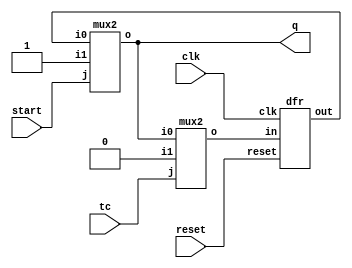
module pg(input wire clk, reset, start, tc, output wire q);
  wire t1,t2;
  parameter vdd=1'b1;
  parameter gnd=1'b0;

  mux2 M1(t2, vdd, start, q);
  mux2 M2(q, gnd, tc, t1);
  dfr d2(clk, reset, t1, t2);
endmodule

module reg4(input wire clk, en, input wire [7:0] a, output wire [7:0] y);
  dfl dfl_1(clk, en, a[0], y[0]);
  dfl dfl_2(clk, en, a[1], y[1]);
  dfl dfl_3(clk, en, a[2], y[2]);
  dfl dfl_4(clk, en, a[3], y[3]);
  dfl dfl_5(clk, en, a[4], y[4]);
  dfl dfl_6(clk, en, a[5], y[5]);
  dfl dfl_7(clk, en, a[6], y[6]);
  dfl dfl_8(clk, en, a[7], y[7]);
endmodule

module reg8(input wire clk,start,ld,cy,input wire [7:0] c, b, output wire [16:0] p);
  wire en2;
  dfl dfl_0(clk, ld, cy, p[16]);

  dfl dfl_1(clk, ld, c[7], p[15]);
  dfl dfl_2(clk, ld, c[6], p[14]);
  dfl dfl_3(clk, ld, c[5], p[13]);
  dfl dfl_4(clk, ld, c[4], p[12]);
  dfl dfl_5(clk, ld, c[3], p[11]);
  dfl dfl_6(clk, ld, c[2], p[10]);
  dfl dfl_7(clk, ld, c[1], p[9]);
  dfl dfl_8(clk, ld, c[0], p[8]);

  // module mux_df(input wire clk, i0, i1, s, load, output wire z_);
  mux_df muxdf_0(clk, p[8], b[7], start, en2, p[7]);
  mux_df muxdf_1(clk, p[7], b[6], start, en2, p[6]);
  mux_df muxdf_2(clk, p[6], b[5], start, en2, p[5]);
  mux_df muxdf_3(clk, p[5], b[4], start, en2, p[4]);
  mux_df muxdf_4(clk, p[4], b[3], start, en2, p[3]);
  mux_df muxdf_5(clk, p[3], b[2], start, en2, p[2]);
  mux_df muxdf_6(clk, p[2], b[1], start, en2, p[1]);
  mux_df muxdf_7(clk, p[1], b[0], start, en2, p[0]);
  

assign en2 = start | ld;
endmodule

module cnt4(input wire clk, load, en, input wire [2:0] data, lmt, output reg tc, output reg [1:0] out);
  parameter reset=0;
  initial begin out=3'b000; tc=0; end
  always @(posedge clk)
  if (reset) begin out <= 3'b000 ; end 
  else if (load) begin out <= data; end 
  else if (en) out <= out + 3'b001;
  else out <= out;
  always @(posedge clk)
  if (out == lmt) tc <= 1;
  else tc<=0;
endmodule

// test modules for matching ddco lab
module mux2 (input wire i0, i1, j, output wire o);
  assign o = (j==0)?i0:i1;
endmodule

module invert (input wire i, output wire o);
   assign o = !i;
endmodule

module and2 (input wire i0, i1, output wire o);
  assign o = i0 & i1;
endmodule

module fulladd(input wire a,b,cin, output wire sum, cout);
    assign sum = a ^ b ^ cin;
    assign cout = (a&b)+(b&cin)+(cin&a);
endmodule

module mux_df(input wire clk, i0, i1, s, load, output wire z_);
  wire d_in;
  mux2 mux2_0(i0, i1, s, d_in);
  dfl dfl_0(clk, load, d_in, z_);
endmodule

module ripple_carry_4_bit(input wire [7:0] a,b, output wire [7:0] s, output wire cout);
  wire [6:0] c;
  fulladd f_0(a[0], b[0], 1'b0, s[0], c[0]);
  fulladd f_1(a[1], b[1], c[0], s[1], c[1]);
  fulladd f_2(a[2], b[2], c[1], s[2], c[2]);
  fulladd f_3(a[3], b[3], c[2], s[3], c[3]);
  fulladd f_4(a[4], b[4], c[3], s[4], c[4]);
  fulladd f_5(a[5], b[5], c[4], s[5], c[5]);
  fulladd f_6(a[6], b[6], c[5], s[6], c[6]);
  fulladd f_7(a[7], b[7], c[6], s[7], cout);
endmodule

module df (input wire clk, in, output wire out);
  reg df_out;
  initial begin df_out = 0; end
  always@(posedge clk) df_out <= in;
  assign out = df_out;
endmodule

module dfr (input wire clk, reset, in, output wire out);
  wire reset_, df_in;
  invert invert_0 (reset, reset_);
  and2 and2_0 (in, reset_, df_in);
  df df_0 (clk, df_in, out);
endmodule

module dfl(input wire clk, load, in, output wire out);
  wire _in;
  mux2 mux2_0(out, in, load, _in);
  df df_0 (clk, _in, out);
endmodule

module dfrl (input wire clk, reset, load, in, output wire out);
  wire _in;
  mux2 mux2_0(out, in, load, _in);
  dfr dfr_1(clk, reset, _in, out);
endmodule